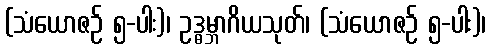
(သံယောဇဉ် ၅-ပါး)၊ ဥဒ္ဓမ္ဘာဂိယသုတ်၊ (သံယောဇဉ် ၅-ပါး)၊